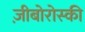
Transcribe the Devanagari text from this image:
ज़ीबोरोस्‍की